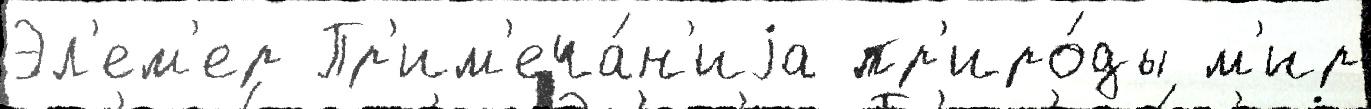
Эл'ем'ер Пр'им'еча́н'иjа пр'иро́ды м'ир